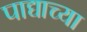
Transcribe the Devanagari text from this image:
पाद्याच्या